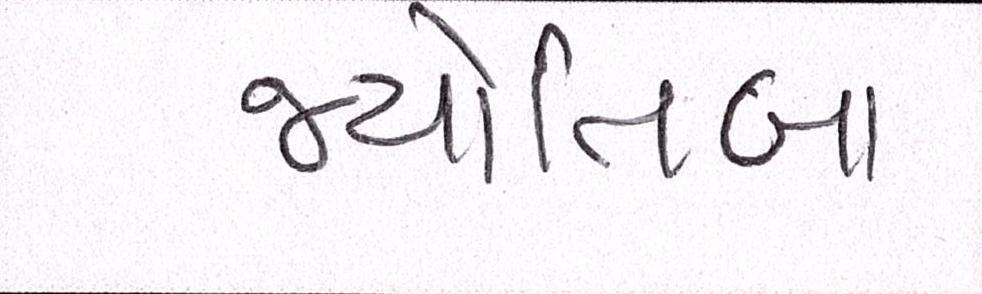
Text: જ્યોતિબા